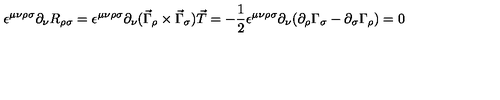
\epsilon ^ { \mu \nu \rho \sigma } \partial _ { \nu } R _ { \rho \sigma } = \epsilon ^ { \mu \nu \rho \sigma } \partial _ { \nu } ( \vec { \Gamma } _ { \rho } \times \vec { \Gamma } _ { \sigma } ) \vec { T } = - \frac { 1 } { 2 } \epsilon ^ { \mu \nu \rho \sigma } \partial _ { \nu } ( \partial _ { \rho } \Gamma _ { \sigma } - \partial _ { \sigma } \Gamma _ { \rho } ) = 0